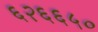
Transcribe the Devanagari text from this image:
६२६६५०